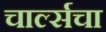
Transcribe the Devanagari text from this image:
चार्ल्सचा